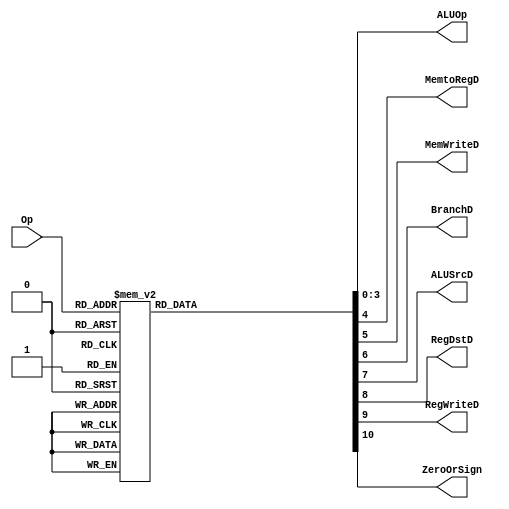
module Main_Decoder(
input  wire [5:0] Op	   ,
output reg [3:0] ALUOp    ,
output reg       MemtoRegD,
output reg       MemWriteD,
output reg       BranchD  ,
output reg       ALUSrcD  ,
output reg       RegDstD  ,
output reg       RegWriteD,
output reg       ZeroOrSign);

//-----------------------------------------------


//-----------------------------------------------
always @(Op)
 case(Op)
//******************   
  6'b000000: //R-type
     	{ZeroOrSign,RegWriteD,RegDstD,ALUSrcD,BranchD,MemWriteD,MemtoRegD,ALUOp} = 11'b01100000000;  	
 	6'b000010: //j
	    {ZeroOrSign,RegWriteD,RegDstD,ALUSrcD,BranchD,MemWriteD,MemtoRegD,ALUOp} = 11'b00XXX0XXX1; 	 
	6'b000100: //be
    	 {ZeroOrSign,RegWriteD,RegDstD,ALUSrcD,BranchD,MemWriteD,MemtoRegD,ALUOp} = 11'b00x010x0111 ; 	 
	6'b000101: //bne
	    {ZeroOrSign,RegWriteD,RegDstD,ALUSrcD,BranchD,MemWriteD,MemtoRegD,ALUOp} = 11'b00x010x0111 ; //????=be??????
//*******************
	6'b001000: //addi
   	  {ZeroOrSign,RegWriteD,RegDstD,ALUSrcD,BranchD,MemWriteD,MemtoRegD,ALUOp} = 11'b01010000001; 	 
	6'b001001: //addiu
	    {ZeroOrSign,RegWriteD,RegDstD,ALUSrcD,BranchD,MemWriteD,MemtoRegD,ALUOp} = 11'b01010000001;  //??	   	
	6'b000110: //slti
    	 {ZeroOrSign,RegWriteD,RegDstD,ALUSrcD,BranchD,MemWriteD,MemtoRegD,ALUOp} = 11'b01010000010;	 //??
  6'b001011: //sltiu
     	{ZeroOrSign,RegWriteD,RegDstD,ALUSrcD,BranchD,MemWriteD,MemtoRegD,ALUOp} = 11'b01010001010;  //??	
	6'b001100: //andi
	    {ZeroOrSign,RegWriteD,RegDstD,ALUSrcD,BranchD,MemWriteD,MemtoRegD,ALUOp} = 11'b11010000011;  //?? 		 
	6'b001101: //ori
    	 {ZeroOrSign,RegWriteD,RegDstD,ALUSrcD,BranchD,MemWriteD,MemtoRegD,ALUOp} = 11'b11010000100; 	//?? 
	6'b001110: //xori
    	 {ZeroOrSign,RegWriteD,RegDstD,ALUSrcD,BranchD,MemWriteD,MemtoRegD,ALUOp} = 11'b11010000101;  //??	
  6'b001111: //lui	
     	{ZeroOrSign,RegWriteD,RegDstD,ALUSrcD,BranchD,MemWriteD,MemtoRegD,ALUOp} = 11'b01010000110;  //??
//*******************
  6'b101011: //sw
	    {ZeroOrSign,RegWriteD,RegDstD,ALUSrcD,BranchD,MemWriteD,MemtoRegD,ALUOp} = 11'b00X101X1000;	 
  6'b100011: //lw
     	{ZeroOrSign,RegWriteD,RegDstD,ALUSrcD,BranchD,MemWriteD,MemtoRegD,ALUOp} = 11'b01010011001;
  default: 	
      {ZeroOrSign,RegWriteD,RegDstD,ALUSrcD,BranchD,MemWriteD,MemtoRegD,ALUOp} = 11'b00;
endcase 


endmodule